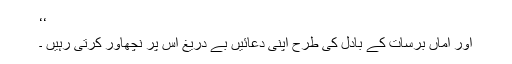
‘‘
اور اماں برسات کے بادل کی طرح اپنی دعائیں بے دریغ اس پر نچھاور کرتی رہیں ۔